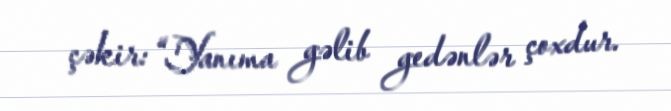
çəkir: “Yanıma gəlib gedənlər çoxdur.